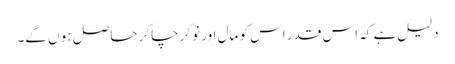
دلیل ہے کہ اس قدر اس کو مال اور نوکر چاکر حاصل ہو ں گے۔